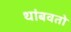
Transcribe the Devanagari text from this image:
थांबवतो